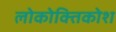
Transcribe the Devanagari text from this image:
लोकोक्तिकोश